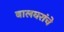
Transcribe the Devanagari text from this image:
बालघरांचे